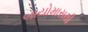
બાયોમાસથી